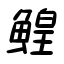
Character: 鰉